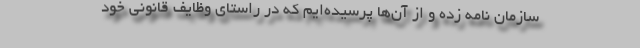
سازمان نامه زده‌ و از آن‌ها پرسیده‌ایم که در راستای وظایف قانونی خود